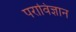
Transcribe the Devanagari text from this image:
पराविज्ञान